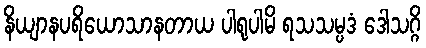
နိယျာနပရိယောသာနတာယ ပါရုပါမိ ရသသမ္ပဒံ ဒေါသဂ္ဂိ